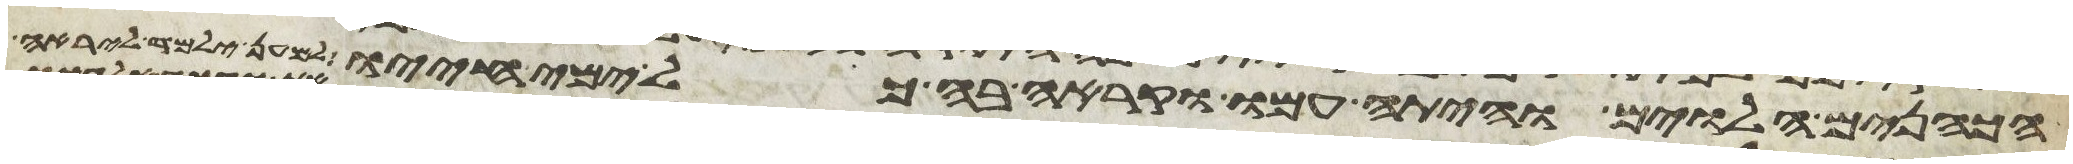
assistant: הכהנים הלוים והיתה עמו וקרא בה כל ימי חייו למען ילמד ליראה